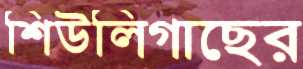
শিউলিগাছের